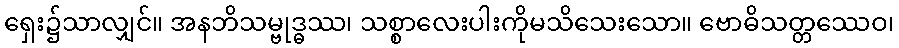
ရှေး၌သာလျှင်။ အနဘိသမ္ဗုဒ္ဓဿ၊ သစ္စာလေးပါးကိုမသိသေးသော။ ဗောဓိသတ္တဿေဝ၊